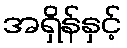
အရှိန်နှင့်